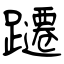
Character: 躚